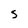
Character: S